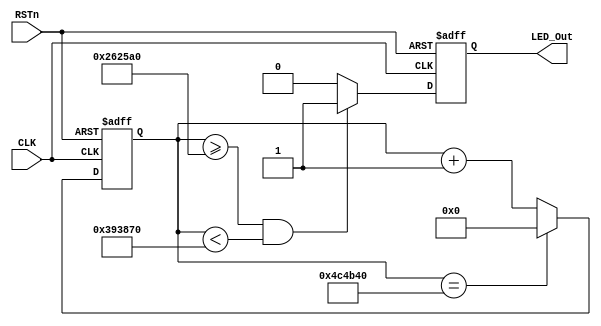
module led2_module
(
    CLK, RSTn, LED_Out
);

    input CLK;
    input RSTn;
    output LED_Out;
    
    /*************************************/
    
    parameter T100MS = 23'd5_000_000;//DB4CE1550MHz50M*0.01=5_000_000
    
    /*************************************/
    
    reg [22:0]Count1;
    
    always @ ( posedge CLK or negedge RSTn )
	    if( !RSTn )	
	        Count1 <= 23'd0;
	    else if( Count1 == T100MS )
	        Count1 <= 23'd0;
	    else
	        Count1 <= Count1 + 1'b1;
	        
	/*************************************/
	
	reg rLED_Out;
	
	always @ ( posedge CLK or negedge RSTn )
        if( !RSTn ) 
            rLED_Out <= 1'b0;
        else if( Count1 >= 23'd2_500_000 && Count1 < 23'd3_750_000 )//100ms112.1C
            rLED_Out <= 1'b1;
        else 
            rLED_Out <= 1'b0;
            
     /***************************************/
     
     assign LED_Out = rLED_Out;
     
     /***************************************/
              
    
endmodule